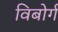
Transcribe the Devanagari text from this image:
विबोर्ग